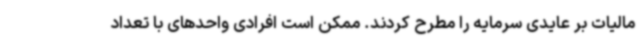
مالیات بر عایدی سرمایه را مطرح کردند. ممکن است افرادی واحدهای با تعداد